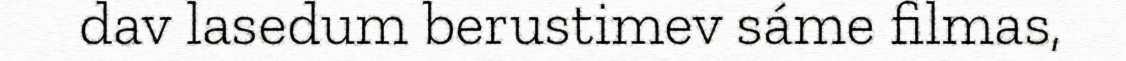
dav lasedum berustimev sáme filmas,